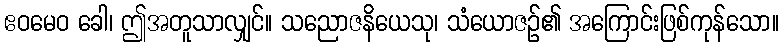
ဧဝမေဝ ခေါ၊ ဤအတူသာလျှင်။ သညောဇနိယေသု၊ သံယောဇဉ်၏ အကြောင်းဖြစ်ကုန်သော။